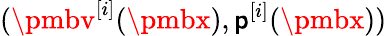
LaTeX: ({\pmbv}^{[i]}({\pmbx}),\mathsf{p}^{[i]}({\pmbx}))